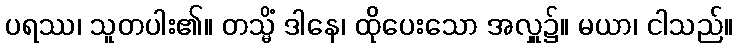
ပရဿ၊ သူတပါး၏။ တသ္မိံ ဒါနေ၊ ထိုပေးသော အလှူ၌။ မယာ၊ ငါသည်။